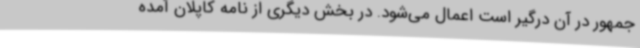
جمهور در آن درگیر است اعمال می‌شود. در بخش دیگری از نامه کاپلان آمده